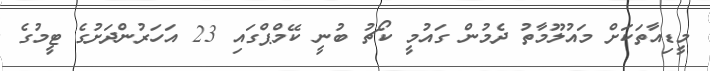
މީޑިއާތަކަށް މައުލޫމާތު ދެމުން ގައުމީ ކޯޗު ބުނީ ކޭމްޕްގައި 23 އަހަރުންދަށުގެ ޓީމުގެ